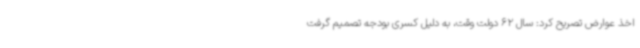
اخذ عوارض تصریح کرد: سال 62 دولت وقت، به دلیل کسری بودجه تصمیم گرفت